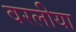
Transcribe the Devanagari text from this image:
वरलीया